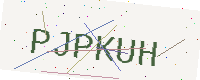
Text: PJPKUH